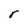
Character: r